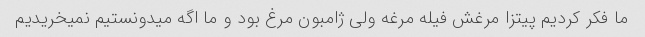
ما فکر کردیم پیتزا مرغش فیله مرغه ولی ژامبون مرغ بود و ما اگه میدونستیم نمیخریدیم